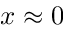
x \approx 0